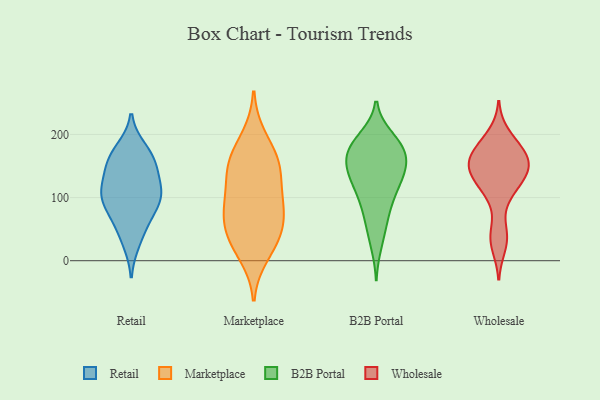
{"axis": {"x": "Demand Index", "y": "Value"}, "legend": ["B2B Portal", "Marketplace", "Retail", "Wholesale"], "data": [{"x": "", "y": 113, "type": "Retail"}, {"x": "", "y": 176, "type": "Retail"}, {"x": "", "y": 162, "type": "Retail"}, {"x": "", "y": 97, "type": "Retail"}, {"x": "", "y": 54, "type": "Retail"}, {"x": "", "y": 107, "type": "Retail"}, {"x": "", "y": 159, "type": "Retail"}, {"x": "", "y": 156, "type": "Retail"}, {"x": "", "y": 73, "type": "Retail"}, {"x": "", "y": 107, "type": "Retail"}, {"x": "", "y": 91, "type": "Retail"}, {"x": "", "y": 132, "type": "Retail"}, {"x": "", "y": 30, "type": "Retail"}, {"x": "", "y": 43, "type": "Marketplace"}, {"x": "", "y": 74, "type": "Marketplace"}, {"x": "", "y": 195, "type": "Marketplace"}, {"x": "", "y": 140, "type": "Marketplace"}, {"x": "", "y": 153, "type": "Marketplace"}, {"x": "", "y": 42, "type": "Marketplace"}, {"x": "", "y": 157, "type": "Marketplace"}, {"x": "", "y": 87, "type": "Marketplace"}, {"x": "", "y": 87, "type": "Marketplace"}, {"x": "", "y": 34, "type": "Marketplace"}, {"x": "", "y": 154, "type": "Marketplace"}, {"x": "", "y": 10, "type": "Marketplace"}, {"x": "", "y": 100, "type": "Marketplace"}, {"x": "", "y": 176, "type": "B2B Portal"}, {"x": "", "y": 170, "type": "B2B Portal"}, {"x": "", "y": 162, "type": "B2B Portal"}, {"x": "", "y": 91, "type": "B2B Portal"}, {"x": "", "y": 26, "type": "B2B Portal"}, {"x": "", "y": 139, "type": "B2B Portal"}, {"x": "", "y": 112, "type": "B2B Portal"}, {"x": "", "y": 55, "type": "B2B Portal"}, {"x": "", "y": 187, "type": "B2B Portal"}, {"x": "", "y": 195, "type": "B2B Portal"}, {"x": "", "y": 143, "type": "B2B Portal"}, {"x": "", "y": 130, "type": "B2B Portal"}, {"x": "", "y": 180, "type": "B2B Portal"}, {"x": "", "y": 187, "type": "B2B Portal"}, {"x": "", "y": 124, "type": "B2B Portal"}, {"x": "", "y": 156, "type": "B2B Portal"}, {"x": "", "y": 99, "type": "B2B Portal"}, {"x": "", "y": 67, "type": "B2B Portal"}, {"x": "", "y": 147, "type": "B2B Portal"}, {"x": "", "y": 106, "type": "Wholesale"}, {"x": "", "y": 168, "type": "Wholesale"}, {"x": "", "y": 158, "type": "Wholesale"}, {"x": "", "y": 143, "type": "Wholesale"}, {"x": "", "y": 37, "type": "Wholesale"}, {"x": "", "y": 200, "type": "Wholesale"}, {"x": "", "y": 156, "type": "Wholesale"}, {"x": "", "y": 142, "type": "Wholesale"}, {"x": "", "y": 132, "type": "Wholesale"}, {"x": "", "y": 145, "type": "Wholesale"}, {"x": "", "y": 108, "type": "Wholesale"}, {"x": "", "y": 180, "type": "Wholesale"}, {"x": "", "y": 185, "type": "Wholesale"}, {"x": "", "y": 23, "type": "Wholesale"}, {"x": "", "y": 170, "type": "Wholesale"}, {"x": "", "y": 122, "type": "Wholesale"}, {"x": "", "y": 45, "type": "Wholesale"}, {"x": "", "y": 151, "type": "Wholesale"}]}